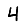
Digit: 4